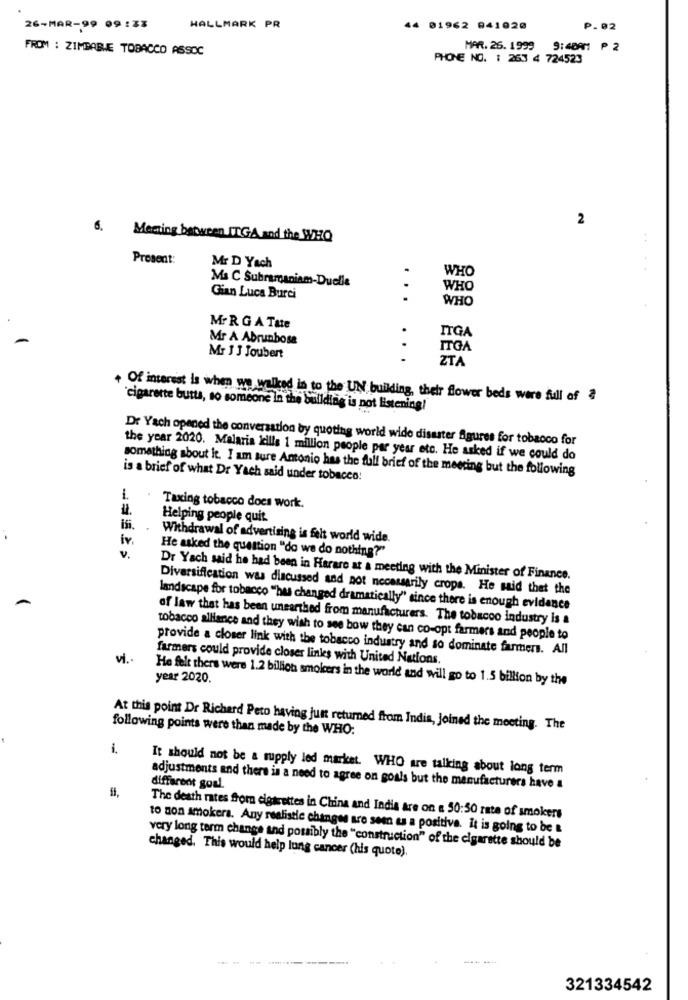
26-MAR-99 09 :33
HALLMARK PR
44 01962 941020
P.82
FROM : ZIMBABJE TOBACCO ASSOC
MAR. 26. 1999 9:40AM ₱ 2
PHONE NO. : 263 4 724523
2
6. Meeting between ITGA and the WHO
Prosent:
Mr D Yach
WHO
Ma C Subramanian-Duelle
WHO
Gian Luca Burci
...
WHO
Mr R G A Tate
ITGA
Mr A Abrunhosa
..
ITGA
Mr J J Joubert
ZTA
+ Of interest is when we walked in to the UN building, their flower beds were full of 3
"cigarette butta, to someone in the building is not listening!
Dr Yach opened the conversation by quoting world wide disaster figures for tobacco for
the year 2020. Malaria icilis 1 million people per year etc. He asked if we could do
something about it. I am sure Antonio has the full brief of the meeting but the following
is a brief of what Dr Yach said under tobacco!
#.
Taxing tobacco does work.
Helping people quit.
İv.
Withdrawal of advertising is felt world wide.
V.
He asked the question "do we do nothing?"
Dr Yach said he had been in Harare at a meeting with the Minister of Finance.
Diversification was discussed and not necessarily crops. He said that the
landscape for tobacco "hus changed dramatically" since there is enough evidence
of law that has been unearthed from manufacturers. The tobacco industry is a
tobacco alliance and they wish to see bow they can co-opt farmers and people to
provide a closer link with the tobacco industry and so dominate farmers. All
vi.
farmers could provide closer linkes with United Nations.
He felt thers were 1.2 billion smokers in the world and will go to 1.5 billion by the
year 2020.
following points were than made by the WHO:
At this point Dr Richard Peto having just returned from India, Joined the meeting. The
i.
It should not be a supply led market. WHO are talking about long term
adjustments and there is a need to agree on goals but the manufacturers have a
different goal.
The death rates from cigarettes in China and Indis are on a 50:50 rate of smokers
to non smokera. Any realistic changes are seen es a positive. it is going to be &
very long term change and possibly the "construction" of the cigarette should be
changed. This would help lung cancer (his quote).
-----
321334542